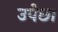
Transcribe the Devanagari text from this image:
उपेछा